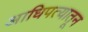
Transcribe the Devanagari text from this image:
आधिपत्यातून